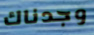
وجدناك